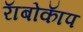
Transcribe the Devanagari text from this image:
राॅबोकाॅप